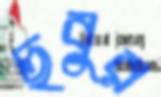
ছবুর